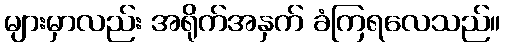
များမှာလည်း အရိုက်အနှက် ခံကြရလေသည်။